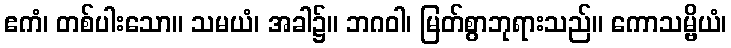
ဧကံ၊ တစ်ပါးသော။ သမယံ၊ အခါ၌။ ဘဂဝါ၊ မြတ်စွာဘုရားသည်။ ကောသမ္ဗိယံ၊